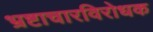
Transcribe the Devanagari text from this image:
भ्रष्टाचारविरोधक